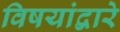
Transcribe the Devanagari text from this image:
विषयांद्वारे